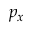
p _ { x }